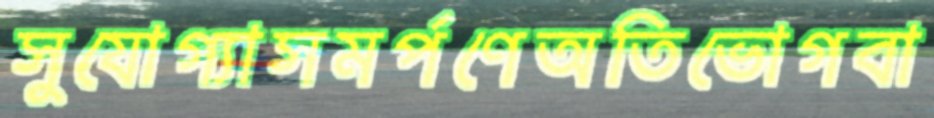
সুযোগ্যাসমর্পণেঅতিভোগবা